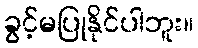
ခွင့်မပြုနိုင်ပါဘူး။